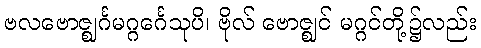
ဗလဗောဇ္ဈင်္ဂမဂ္ဂင်္ဂေသုပိ၊ ဗိုလ် ဗောဇ္ဈင် မဂ္ဂင်တို့၌လည်း